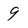
Character: 9